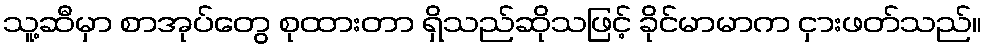
သူ့ဆီမှာ စာအုပ်တွေ စုထားတာ ရှိသည်ဆိုသဖြင့် ခိုင်မာမာက ငှားဖတ်သည်။